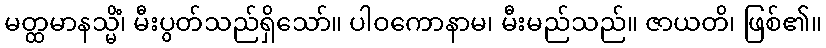
မတ္ထမာနသ္မိံ၊ မီးပွတ်သည်ရှိသော်။ ပါဝကောနာမ၊ မီးမည်သည်။ ဇာယတိ၊ ဖြစ်၏။